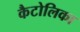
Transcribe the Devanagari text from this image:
कैटोलिका